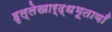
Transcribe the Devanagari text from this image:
हृल्लेखार्द्धभूतायाँ